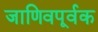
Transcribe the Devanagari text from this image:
जाणिवपूर्वक